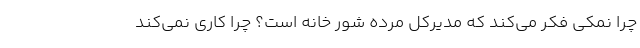
چرا نمکی فکر می‌کند که مدیرکل مرده شور خانه است؟ چرا کاری نمی‌کند